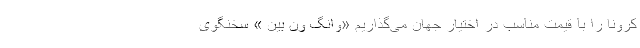
کرونا را با قیمت مناسب در اختیار جهان می‌گذاریم «وانگ ون بین » سخنگوی